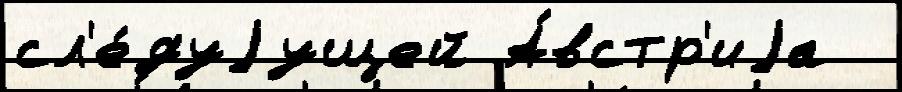
сл'е́дуjущей А́встр'иjа